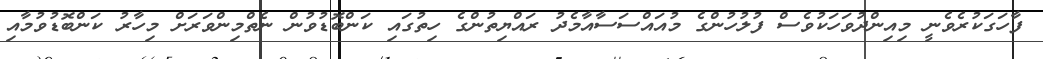
ފާހަގަކުރެވެނީ މިއިންދުވަހަކުވެސް ފުލުހުންގެ މުއައްސަސާއާމެދު ރައްޔިތުންގެ ހިތުގައި ކަންބޮޑުވުން ނެތްމިންވަރަށް މިހާރު ކަންބޮޑުވުމާއި